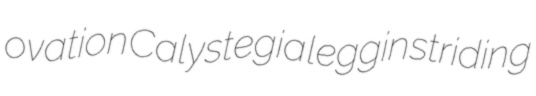
ovation Calystegia leggin striding